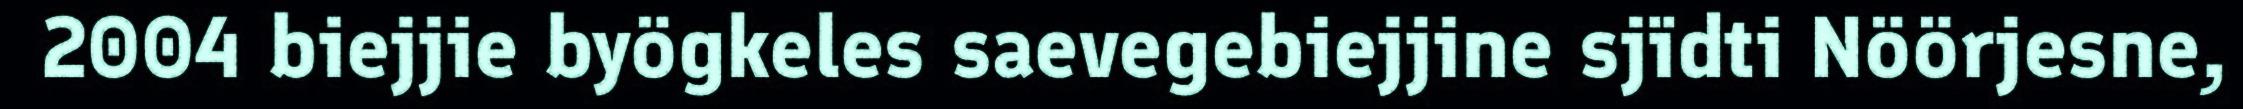
2004 biejjie byögkeles saevegebiejjine sjïdti Nöörjesne,